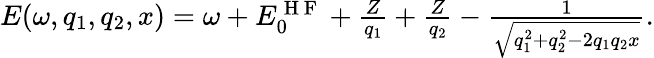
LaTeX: \begin{array}{r}{E(\omega,q_{1},q_{2},x)=\omega+E_{0}^{\mathrm{~H~F~}}+\frac{Z}{q_{1}}+\frac{Z}{q_{2}}-\frac{1}{\sqrt{q_{1}^{2}+q_{2}^{2}-2q_{1}q_{2}x}}.}\end{array}